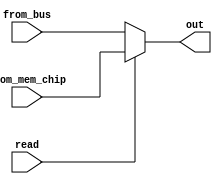
// This program was cloned from: https://github.com/conboy/elec374-cpu
// License: MIT License

module mdr_mux_2_to_1 (
    output reg [31:0] out,              // output of the MDR Mux
    input wire read,                    // 0 for from bus, 1 for from mem chip
    input wire [31:0] from_bus,         // input from bus
    input wire [31:0] from_mem_chip		// input from mem chip
);
	always @(*) begin
		if (read)
			out <= from_mem_chip;
		else
			out <= from_bus;
	end

endmodule